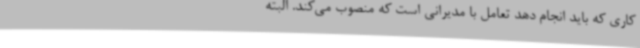
کاری که باید انجام دهد تعامل با مدیرانی است که منصوب می‌کند. البته